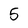
Character: 5